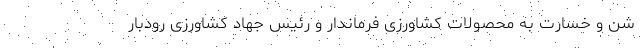
شن و خسارت به محصولات کشاورزی فرماندار و رئیس جهاد کشاورزی رودبار